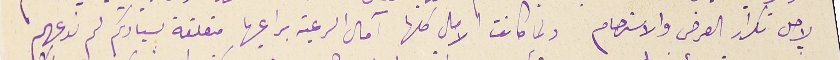
لاجل تكرار العرض والاسترحام ولما كانت الامال كلها آمال الرعية براعيها متعلقة لسيادتكم لم ندعهم